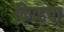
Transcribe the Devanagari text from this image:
किव्हचा